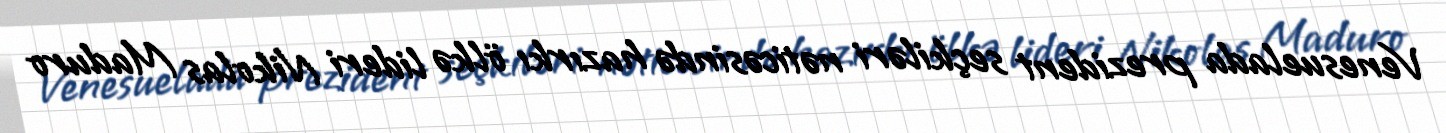
Venesuelada prezident seçkiləri nəticəsində hazırkı ölkə lideri Nikolas Maduro